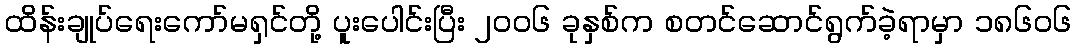
ထိန်းချုပ်ရေးကော်မရှင်တို့ ပူးပေါင်းပြီး ၂၀၀၆ ခုနှစ်က စတင်ဆောင်ရွက်ခဲ့ရာမှာ ၁၈၆၀၆